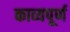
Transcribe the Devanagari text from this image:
काव्यपूर्ण